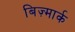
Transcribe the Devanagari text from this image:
बिज़्मार्क